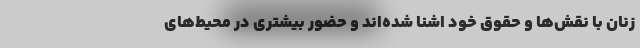
زنان با نقش‌ها و حقوق خود اشنا شده‌اند و حضور بیشتری در محیط‌های